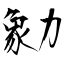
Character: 勨